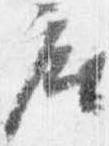
座